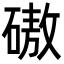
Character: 磝